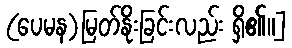
(ပေမန)မြတ်နိုးခြင်းလည်း ရှိ၏။]